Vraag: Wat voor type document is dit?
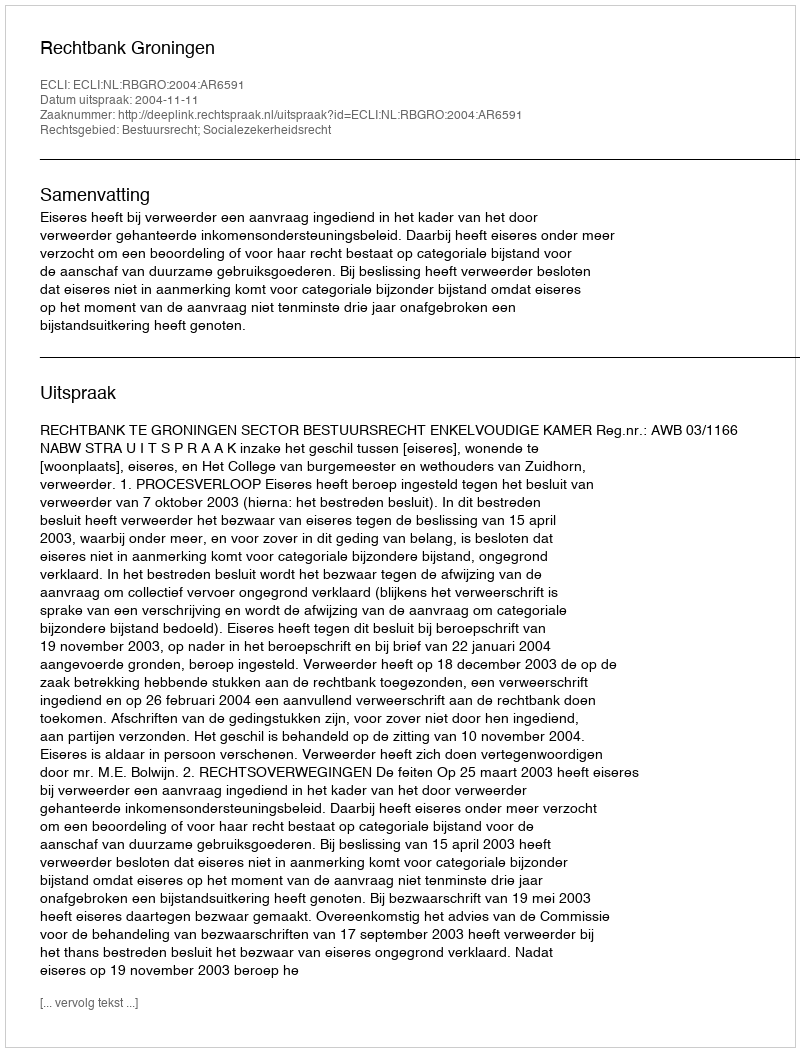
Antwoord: Uitspraak